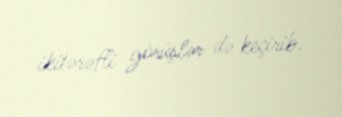
ikitərəfli görüşlər də keçirib.